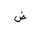
Letter: _dad